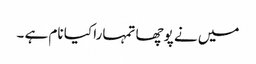
میں نے پوچھا تمہارا کیا نام ہے ۔